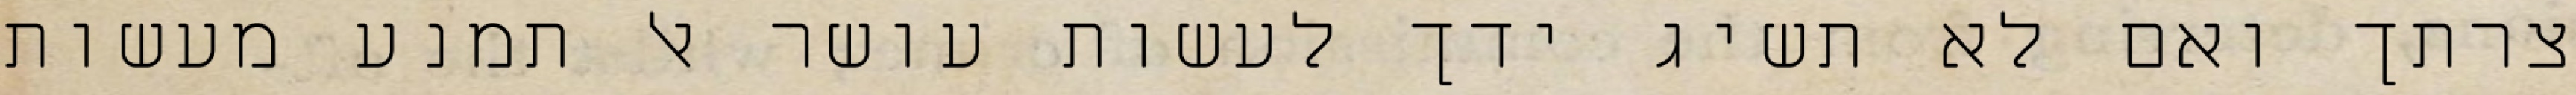
צרתך ואם לא תשיג ידך לעשות עושר אל תמנע מעשות